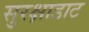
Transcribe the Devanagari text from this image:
सुरक्षाडाट